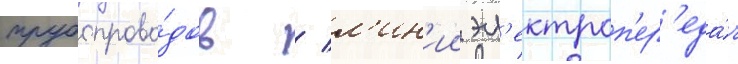
трубопрово́дов / л'ин'ии эл'ектроп'ер'еда́ч